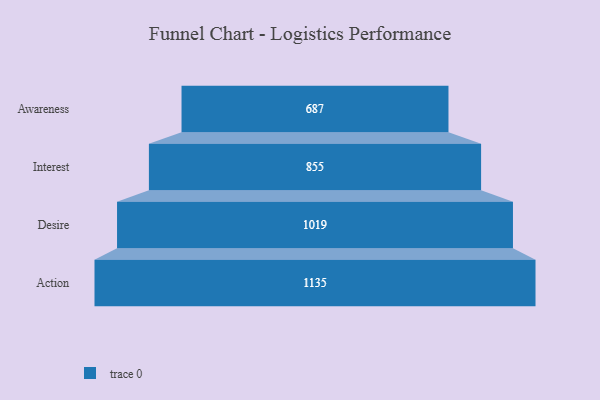
{"axis": {"x": "Stage", "y": "Value"}, "legend": [""], "data": [{"x": "Awareness", "y": 687.0, "type": ""}, {"x": "Interest", "y": 855.0, "type": ""}, {"x": "Desire", "y": 1019.0, "type": ""}, {"x": "Action", "y": 1135.0, "type": ""}]}